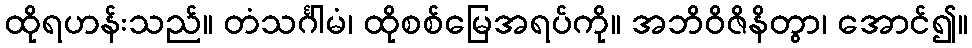
ထိုရဟန်းသည်။ တံသင်္ဂါမံ၊ ထိုစစ်မြေအရပ်ကို။ အဘိဝိဇိနိတွာ၊ အောင်၍။